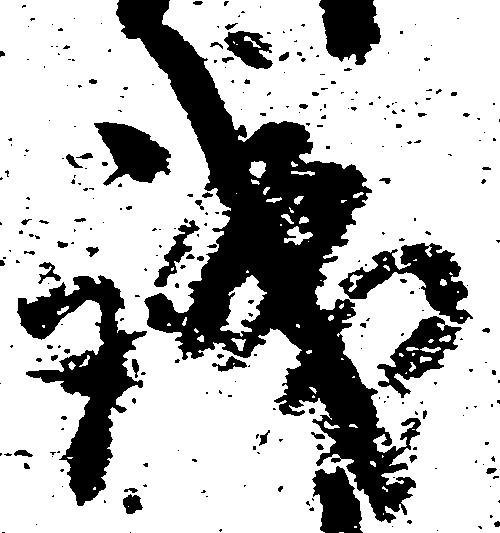
誠